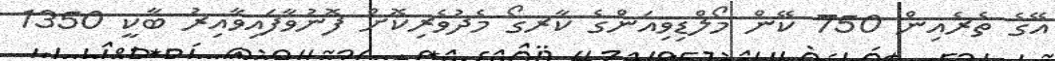
އޭގެ ތެރެއިން 750 ކޭން މޯލްޑިވިއަންގެ ކާރގޯ މެދުވެރިކޮށް ފޮނުވާފައިވާއިރު ބާކީ 1350